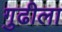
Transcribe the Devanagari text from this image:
गुढीला